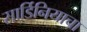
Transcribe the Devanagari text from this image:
सार्डिनियाचा